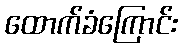
ထောက်ခံကြောင်း